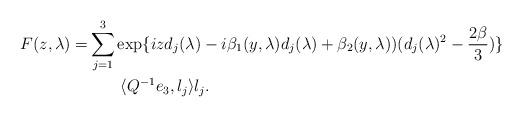
LaTeX: \begin{align*}F(z,\lambda)=&\sum_{j=1}^3 \exp\{ i z d_j (\lambda) - i \beta_1(y, \lambda) d_j(\lambda) + \beta_2(y,\lambda)) (d_j(\lambda)^2 - \frac{2\beta}{3} )\}\\ &\quad\quad\langle Q^{-1}e_3, l_j\rangle l_j.\end{align*}